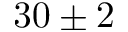
3 0 \pm 2